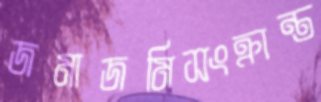
জমাজমিসংক্রান্ত